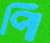
পি